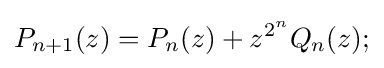
P_{n+1}(z)=P_{n}(z)+z^{2^{n}}Q_{n}(z);